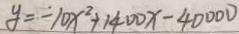
y = - 1 0 x ^ { 2 } + 1 4 0 0 x - 4 0 0 0 0